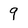
Character: 9